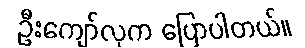
ဦးကျော်လှက ပြောပါတယ်။